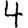
Digit: 4